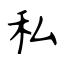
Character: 私